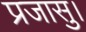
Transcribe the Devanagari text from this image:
प्रजासु।